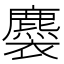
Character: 𧞯